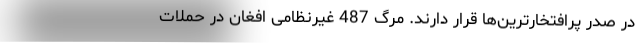
در صدر پرافتخارترین‌ها قرار دارند. مرگ 487 غیرنظامی افغان در حملات